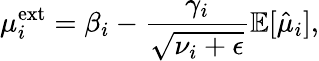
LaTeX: \mu_{i}^{\mathrm{ext}}=\beta_{i}-\frac{\gamma_{i}}{\sqrt{\nu_{i}+\epsilon}}\mathbb{E}[\hat{\mu}_{i}],